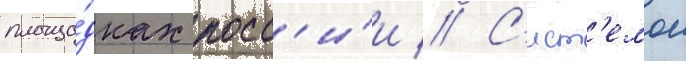
площа́дках росс'и́и // С'ист'емои